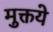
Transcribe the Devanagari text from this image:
मुक्तये